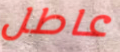
عاطل